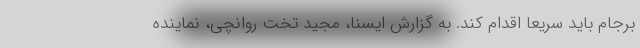
برجام باید سریعا اقدام کند. به گزارش ایسنا، مجید تخت روانچی، نماینده